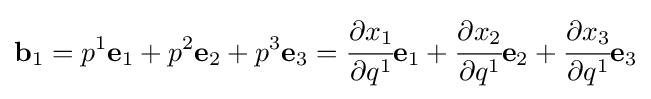
\mathbf {b} _{1}=p^{1}\mathbf {e} _{1}+p^{2}\mathbf {e} _{2}+p^{3}\mathbf {e} _{3}={\cfrac {\partial x_{1}}{\partial q^{1}}}\mathbf {e} _{1}+{\cfrac {\partial x_{2}}{\partial q^{1}}}\mathbf {e} _{2}+{\cfrac {\partial x_{3}}{\partial q^{1}}}\mathbf {e} _{3}